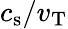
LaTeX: c_{\mathrm{s}}/v_{\mathrm{T}}